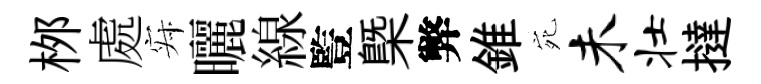
桞處寂曬線䜿槩弊錐宛未壮撻